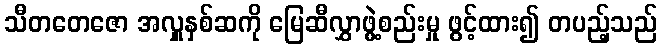
သီတတေဇော အလှူနှစ်ဆကို မြေဆီလွှာဖွဲ့စည်းမှု ဖွင့်ထား၍ တပည့်သည်